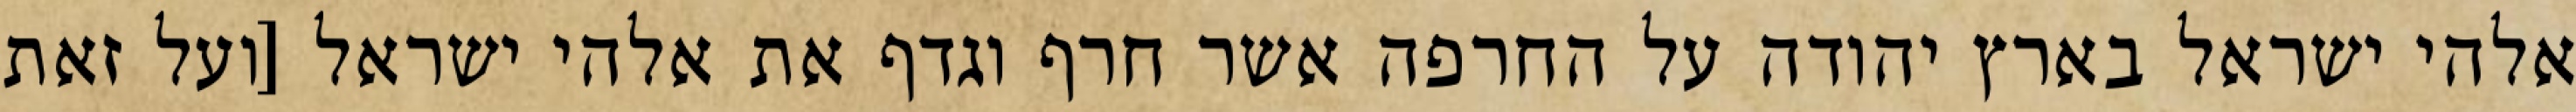
אלהי ישראל בארץ יהודה על החרפה אשר חרף וגדף את אלהי ישראל [ועל זאת